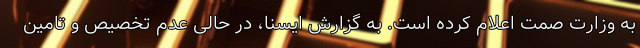
به وزارت صمت اعلام کرده است. به گزارش ایسنا، در حالی عدم تخصیص و تامین